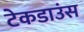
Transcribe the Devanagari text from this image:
टेकडाउंस